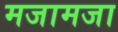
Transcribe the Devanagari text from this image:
मजामजा